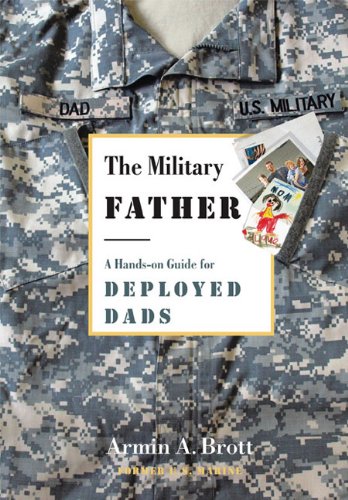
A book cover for The Military Father: A Hands-on Guide for Deployed Dads (New Father Series); Armin A. Brott; Parenting & Relationships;